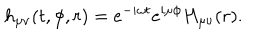
h _ { \mu \nu } ( t , \phi , r ) = e ^ { - i \omega t } e ^ { i \mu \phi } H _ { \mu \nu } ( r ) .